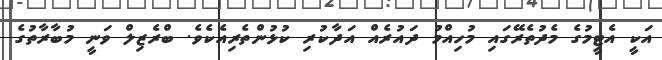
އަކީ އެޓީމުގެ މެދުތެރޭގައި މުހިއްމު ދައުރެއް އަދާކުރި ކުޅުންތެރިއެކެވެ. ބްރެޒިލް ވަނީ މުބާރާތުގެ